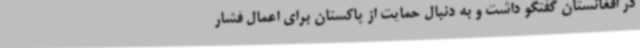
در افغانستان گفتگو داشت و به دنبال حمایت از پاکستان برای اعمال فشار